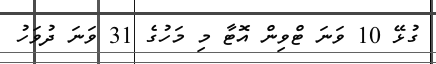
ގުޅޭ 10 ވަނަ ޓްވިން އޮޓާ މި މަހުގެ 31 ވަނަ ދުވަހު